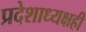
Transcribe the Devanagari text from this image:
प्रदेशाध्यक्षही